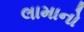
લામાનો